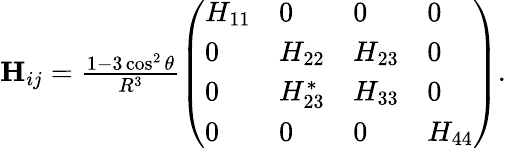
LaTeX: \begin{array}{r}{\mathbf{H}_{ij}=\frac{1-3\cos^{2}\theta}{R^{3}}\left(\begin{array}{llll}{H_{11}}&{0}&{0}&{0}\\ {0}&{H_{22}}&{H_{23}}&{0}\\ {0}&{H_{23}^{*}}&{H_{33}}&{0}\\ {0}&{0}&{0}&{H_{44}}\end{array}\right).}\end{array}